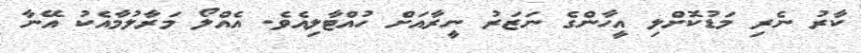
ކާރު ނެރި މަޑުކޮށްލި އީހާންގެ ނަޒަރު ނީރާއަށް ހުއްޓާލިއެވެ. އެއްލޯ މަރާލުމާއެކު އޭނާ